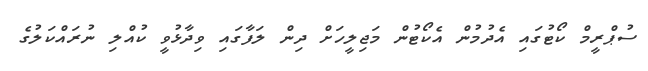
ސުޕްރީމް ކޯޓުގައި އެދުމުން އެކޯޓުން މަޖިލީހަށް ދިން ލަފާގައި ވިދާޅުވީ ކުއްލި ނުރައްކަލުގެ